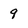
Character: 9